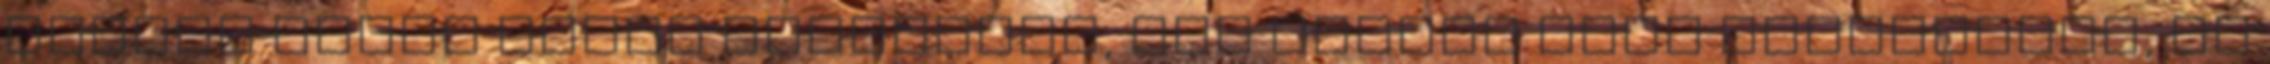
Számos példa akadt ilyesmire, bár persze csak teherhajók, és